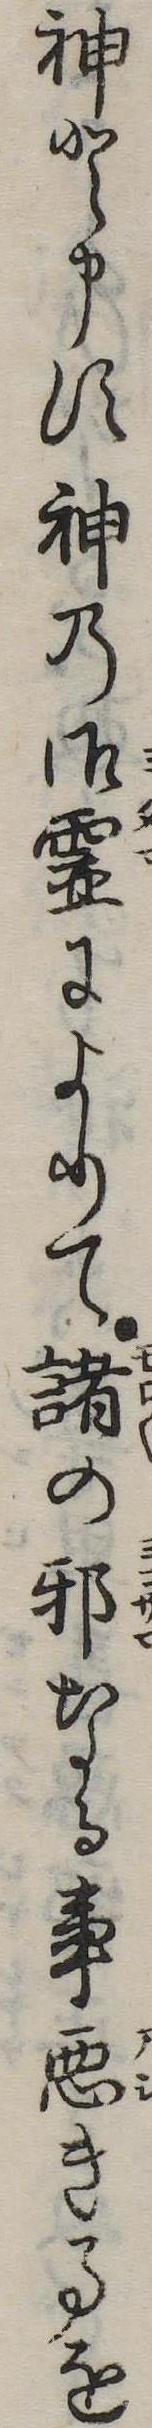
神と申す神の御霊によりて諸の邪なる事悪き事を